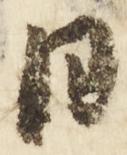
日